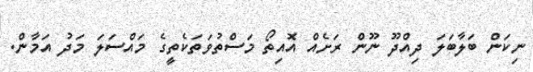
ނިކަން ބަލާބަލަ ދިއްދޫ ނޫން ރަށެއް އޮއިތޯ މަސްތުވަތަކެތީގެ މައްސަލަ މަދު އަމާން.